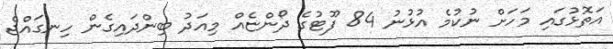
އަތޮޅުގައި މަހަށް ނުކުމެ އުޅުނު 84 ފޫޓުގެ ދޯންޏެއް މިއަދު ބިންދައިގެން ހިނގައްޖެ